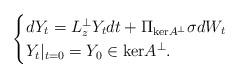
LaTeX: \begin{align*}\begin{cases}dY_t = L_{z}^\perp Y_t dt + \Pi_{\mathrm{ker}A^\perp}\sigma dW_t \\ Y_t|_{t=0} = Y_0 \in \mathrm{ker}A^\perp.\end{cases}\end{align*}